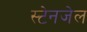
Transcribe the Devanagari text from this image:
स्टेनजेल